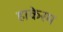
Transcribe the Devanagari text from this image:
हाकेरम